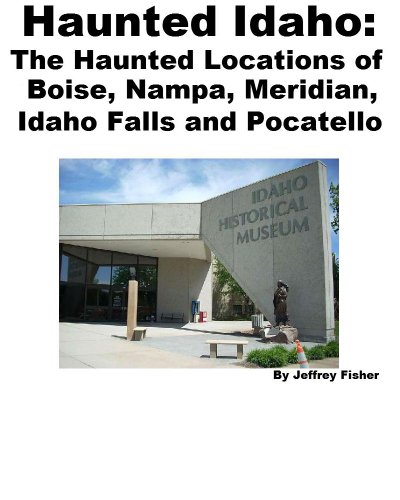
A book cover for Haunted Idaho: The Haunted Locations of Boise, Nampa, Meridian, Idaho Falls and Pocatello; Jeffrey Fisher; Travel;